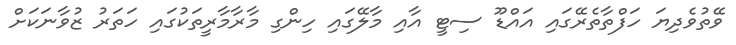
ވޭތުވެދިޔަ ހަފްތާތެރޭގައި އައްޑޫ ސިޓީ އާއި މާލޭގައި ހިންގި މާރާމާރީތަކުގައި ހަތަރު ޒުވާނަކަށް